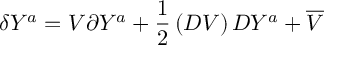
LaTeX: \delta Y ^ { a } = V \partial Y ^ { a } + \frac { 1 } { 2 } \left( D V \right) D Y ^ { a } + \overline { { { V } } }